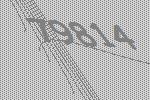
79814